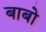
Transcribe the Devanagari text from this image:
बाबो